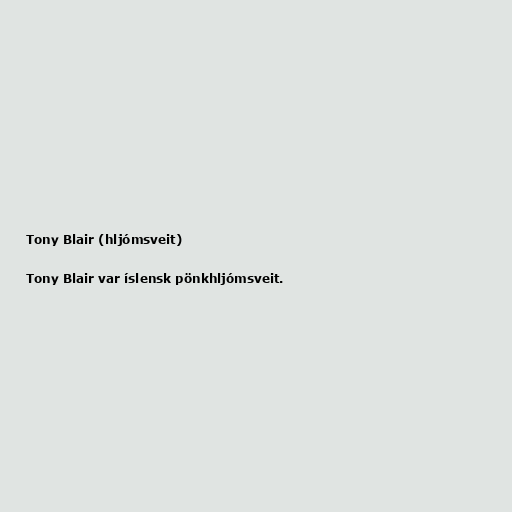
Tony Blair (hljómsveit)

Tony Blair var íslensk pönkhljómsveit.